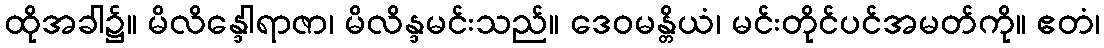
ထိုအခါ၌။ မိလိန္ဒေါရာဇာ၊ မိလိန္ဒမင်းသည်။ ဒေဝမန္တိယံ၊ မင်းတိုင်ပင်အမတ်ကို။ ဧတံ၊